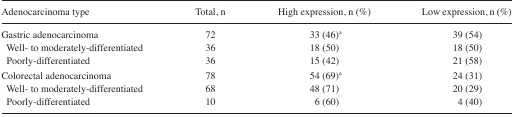
| Adenocarcinoma type | Total, n | High expression, n (%) | Low expression, n (%) |
 | --- | --- | --- | --- |
 | Gastric adenocarcinoma | 72 | 33 (46)a | 39 (54) |
 | Well- to moderately-differentiated | 36 | 18 (50) | 18 (50) |
 | Poorly-differentiated | 36 | 15 (42) | 21 (58) |
 | Colorectal adenocarcinoma | 78 | 54 (69)a | 24 (31) |
 | Well- to moderately-differentiated | 68 | 48 (71) | 20 (29) |
 | Poorly-differentiated | 10 | 6 (60) | 4 (40) |